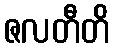
ဇလတီတိ